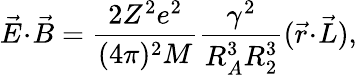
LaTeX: \vec{E}\! \cdot\! \vec{B}=\frac{2Z^{2}e^{2}}{(4\pi)^{2}M}\frac{\gamma^{2}}{R_{A}^{3}R_{2}^{3}}(\vec{r}\! \cdot\! \vec{L}),